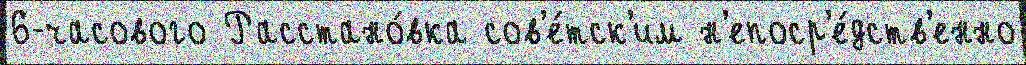
6-часового Расстано́вка сов'е́тск'им н'епоср'е́дств'енно